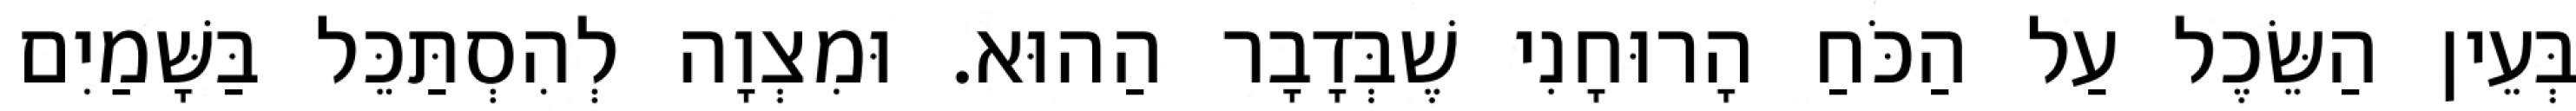
בְּעֵין הַשֵּׂכֶל עַל הַכֹּחַ הָרוּחָנִי שֶׁבְּדָבָר הַהוּא. וּמִצְוָה לְהִסְתַּכֵּל בַּשָּׁמַיִם